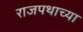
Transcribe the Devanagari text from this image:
राजपथाच्या